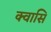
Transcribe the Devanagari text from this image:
क्वासि